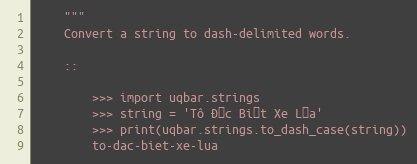
Language: Python
    """
    Convert a string to dash-delimited words.

    ::

        >>> import uqbar.strings
        >>> string = 'Tô Đặc Biệt Xe Lửa'
        >>> print(uqbar.strings.to_dash_case(string))
        to-dac-biet-xe-lua